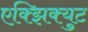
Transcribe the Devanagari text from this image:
एक्झिक्युट